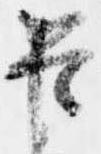
臣